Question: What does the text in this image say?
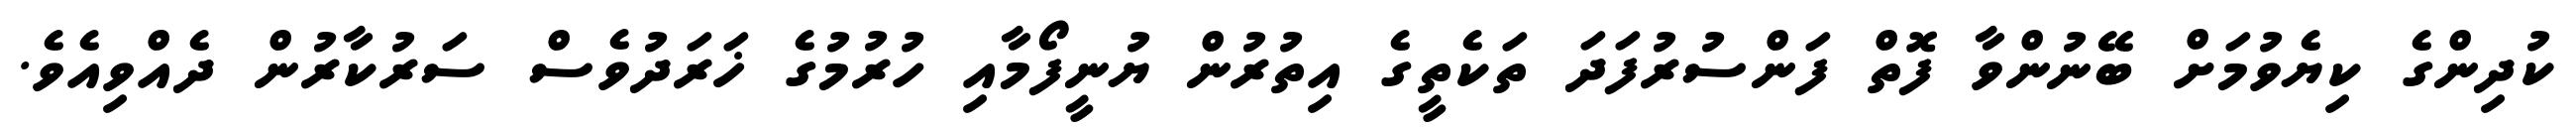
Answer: ކުދިންގެ ކިޔެވުމަށް ބޭނުންވާ ފޮތް ފަންސުރުފަދަ ތަކެތީގެ އިތުރުން ޔުނީފޯމާއި ހުރުމުގެ ޚަރަދުވެސް ސަރުކާރުން ދެއްވިއެވެ.